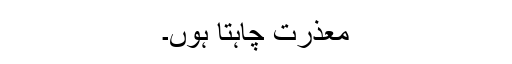
معذرت چاہتا ہوں۔